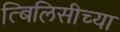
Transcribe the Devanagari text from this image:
त्बिलिसीच्या